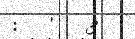
:   '   3